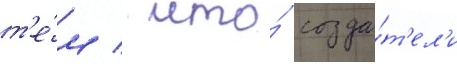
т'е́м / что́ созда́т'ел'и